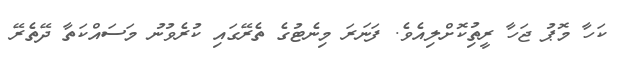
ކަހާ މޮޕު ޖަހާ ރީތުިކޮށްލިއެވެ. ފަނަރަ މިނެޓުގެ ތެރޭގައި ކުރެވުނު މަސައްކަތާ ދޭތެރޭ